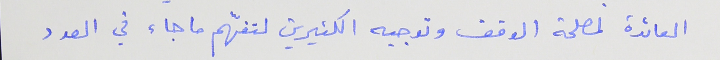
العائدة لمصلحة الوقف وتوجيه الكثيرين لتفهّم ما جاء في العدد